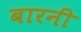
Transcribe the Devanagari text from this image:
बारनी